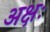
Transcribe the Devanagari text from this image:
अक्षः